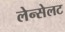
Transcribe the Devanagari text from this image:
लेन्सेलट